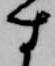
す